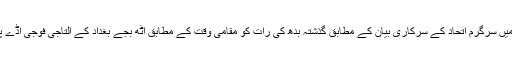
عراق میں امریکی سرکردگی میں سرگرم اتحاد کے سرکاری بیان کے مطابق گذشتہ بدھ کی رات کو مقامی وقت کے مطابق آٹھ بجے بغداد کے التاجی فوجی اڈے پر پندرہ راکٹ فائر کیے گئے۔